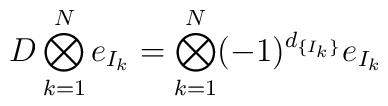
D\bigotimes_{k=1}^{N}e_{I_{k}}=\bigotimes_{k=1}^{N}(-1)^{d_{\{I_{k}\}}}e_{I_{k}}